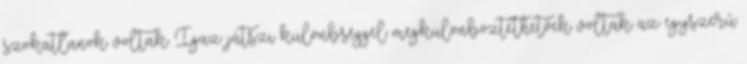
szokatlanok voltak. Igaz játszi különbséggel megkülönböztethetőek voltak az egyszerű